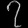
Digit: ၇